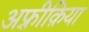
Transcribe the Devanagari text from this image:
अफ़्रीक़िया